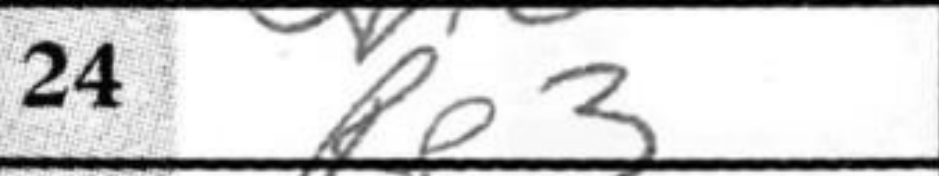
Transcription: Re3